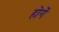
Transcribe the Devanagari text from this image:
होगेंं